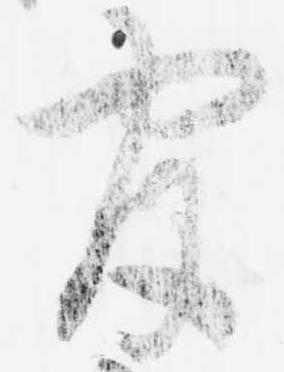
官